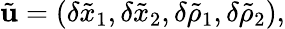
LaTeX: \tilde{\mathbf{u}}=(\delta\tilde{x}_{1},\delta\tilde{x}_{2},\delta\tilde{\rho}_{1},\delta\tilde{\rho}_{2}),